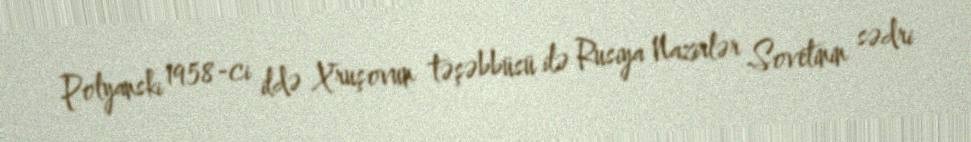
Polyanski 1958-ci ildə Xruşovun təşəbbüsü ilə Rusiya Nazirlər Sovetinin sədri